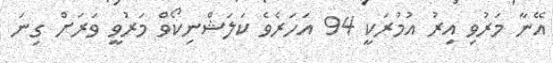
އޭނާ މަރުވި އިރު އުމުރަކީ 94 އަހަރެވެ ކަލަޝްނިކޯވް މަރުވީ ވަރަށް ގިނަ